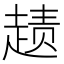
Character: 𲃏